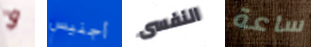
و أجنيس النفسى ساعة